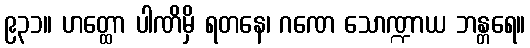
၉၃၁။ ဟတ္ထော ပါဏိမှိ ရတနေ၊ ဂဏေ သောဏ္ဍာယ ဘန္တရေ။